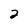
Character: 2